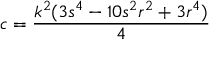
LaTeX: c = { \frac { k ^ { 2 } ( 3 s ^ { 4 } - 1 0 s ^ { 2 } r ^ { 2 } + 3 r ^ { 4 } ) } { 4 } }